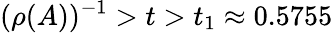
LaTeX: (\rho(A))^{-1}>t>t_{1}\approx 0.5755